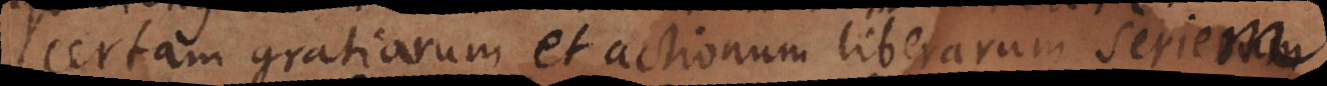
certam gratiarum et actionum liberarum seriem.